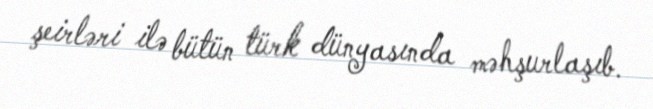
şeirləri ilə bütün türk dünyasında məhşurlaşıb.